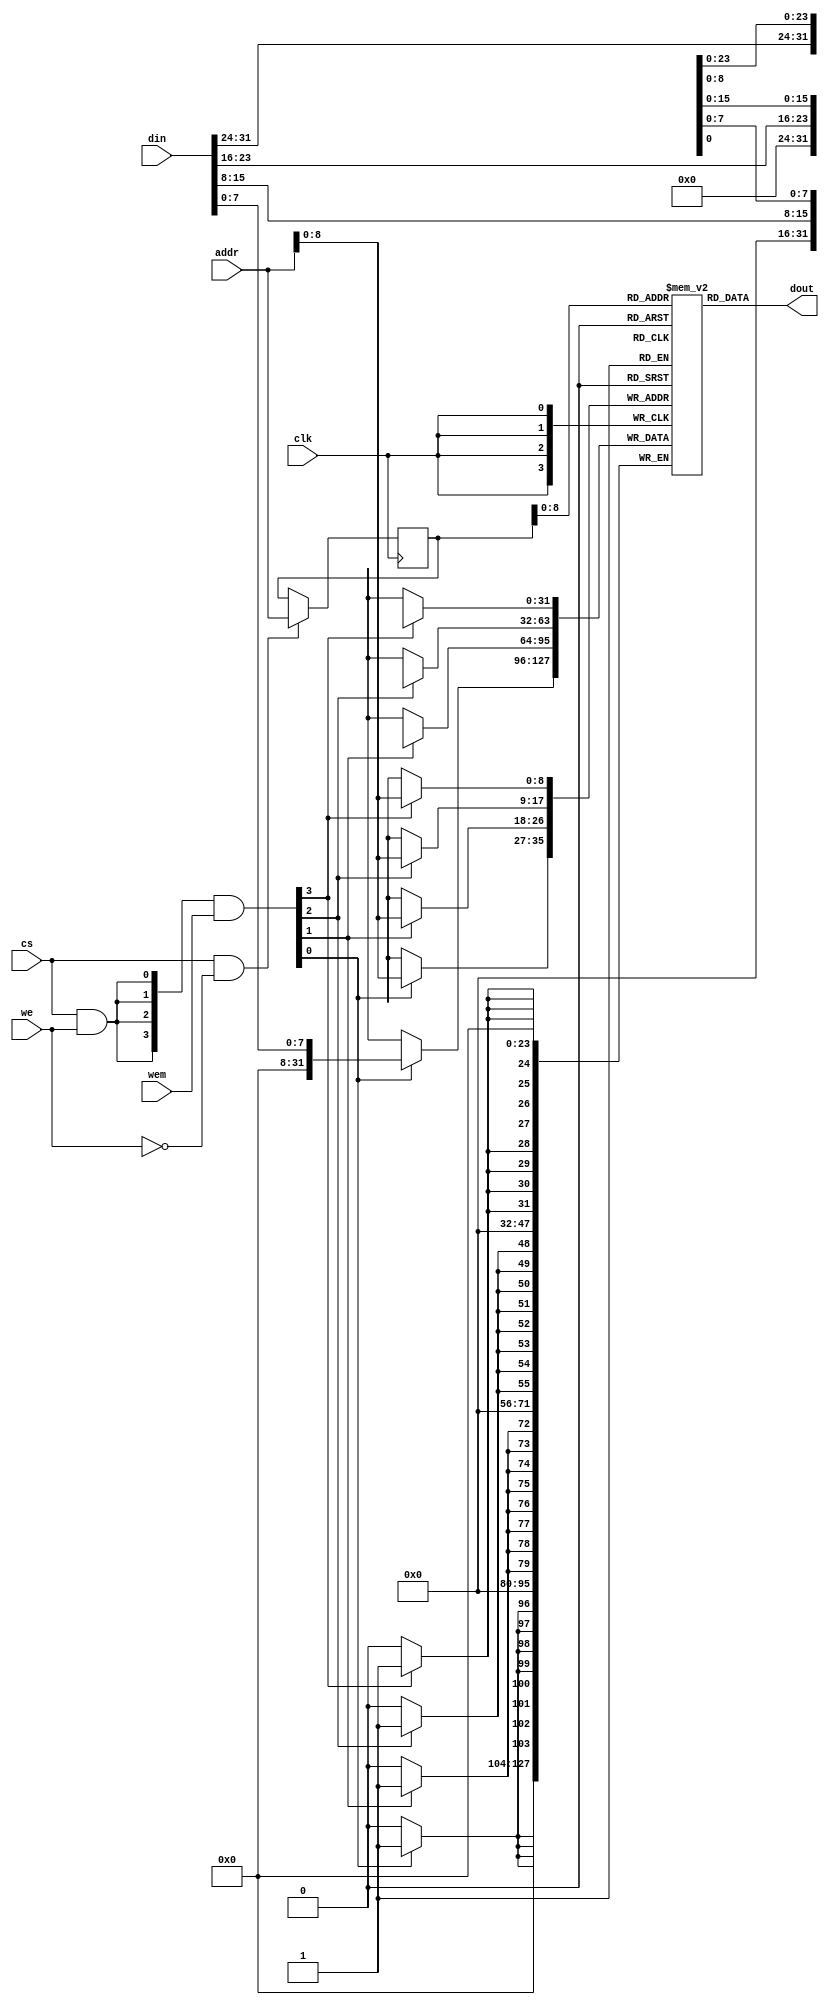
 /*                                                                      
 Copyright 2018 Nuclei System Technology, Inc.                
                                                                         
 Licensed under the Apache License, Version 2.0 (the "License");         
 you may not use this file except in compliance with the License.        
 You may obtain a copy of the License at                                 
                                                                         
     http://www.apache.org/licenses/LICENSE-2.0                          
                                                                         
  Unless required by applicable law or agreed to in writing, software    
 distributed under the License is distributed on an "AS IS" BASIS,       
 WITHOUT WARRANTIES OR CONDITIONS OF ANY KIND, either express or implied.
 See the License for the specific language governing permissions and     
 limitations under the License.                                          
 */                                                                      
                                                                         
                                                                         
                                                                         
//=====================================================================
//
// Designer   : Bob Hu
//
// Description:
//  The simulation model of SRAM
//
// ====================================================================
module sirv_sim_ram 
#(parameter DP = 512,
  parameter FORCE_X2ZERO = 0,
  parameter DW = 32,
  parameter MW = 4,
  parameter AW = 32 
)
(
  input             clk, 
  input  [DW-1  :0] din, 
  input  [AW-1  :0] addr,
  input             cs,
  input             we,
  input  [MW-1:0]   wem,
  output [DW-1:0]   dout
);

    reg [DW-1:0] mem_r [0:DP-1];
    reg [AW-1:0] addr_r;
    wire [MW-1:0] wen;
    wire ren;

    assign ren = cs & (~we);
    assign wen = ({MW{cs & we}} & wem);



    genvar i;

    always @(posedge clk)
    begin
        if (ren) begin
            addr_r <= addr;
        end
    end

    generate
      for (i = 0; i < MW; i = i+1) begin :mem
        if((8*i+8) > DW ) begin: last
          always @(posedge clk) begin
            if (wen[i]) begin
               mem_r[addr][DW-1:8*i] <= din[DW-1:8*i];
            end
          end
        end
        else begin: non_last
          always @(posedge clk) begin
            if (wen[i]) begin
               mem_r[addr][8*i+7:8*i] <= din[8*i+7:8*i];
            end
          end
        end
      end
    endgenerate

  wire [DW-1:0] dout_pre;
  assign dout_pre = mem_r[addr_r];

  generate
   if(FORCE_X2ZERO == 1) begin: force_x_to_zero
      for (i = 0; i < DW; i = i+1) begin:force_x_gen 
          `ifndef SYNTHESIS//{
         assign dout[i] = (dout_pre[i] === 1'bx) ? 1'b0 : dout_pre[i];
          `else//}{
         assign dout[i] = dout_pre[i];
          `endif//}
      end
   end
   else begin:no_force_x_to_zero
     assign dout = dout_pre;
   end
  endgenerate

 
endmodule